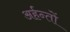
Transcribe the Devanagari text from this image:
अर्हन्तों